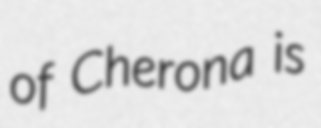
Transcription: of Cherona is